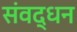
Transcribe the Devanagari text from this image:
संवद्धन